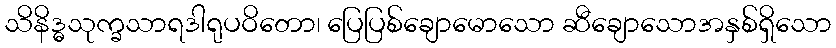
သိနိဒ္ဓသုက္ခသာရဒါရုပဝိတော၊ ပြေပြစ်ချောမောသော ဆီချောသောအနှစ်ရှိသော